Document type: Emphyteutic lease
Year: 1276
Scribe: Pere de Roca
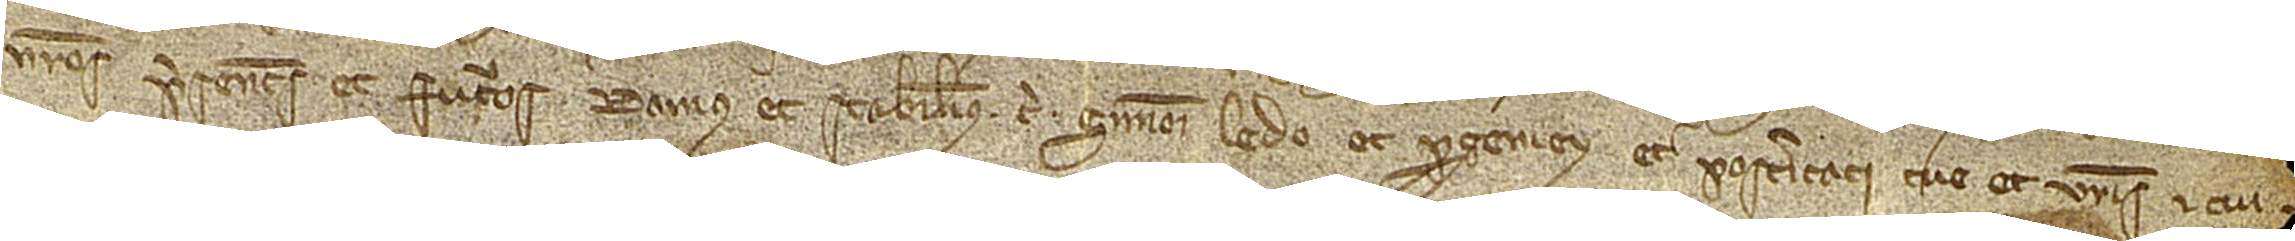
nostros presentes et futuros damus et stabilimus tibi Simoni Ledo et progeniey et posteritati tue et vestris et cui [volueritis imperpetuum]